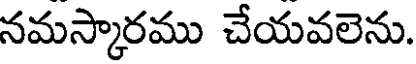
నమస్కారము చేయవలెను.